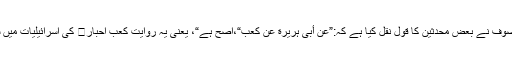
امام بخارینے بھی ”التاریخ الکبیر“(۷)میں اسماعیل بن امیہ ہی سے یہ روایت نقل کی ہے، امام موصوف نے بعض محدثین کا قول نقل کیا ہے کہ:”عن أبی ہریرة عن کعب“،اصح ہے“، یعنی یہ روایت کعبِ احبار کی اسرائیلیات میں سے ہے؛لیکن شیخ ناصر الدیننے امام بخاریپر رد کرتے ہوئے لکھا ہے کہ:”یہ بعض کون ہیں؟